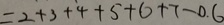
= 2 + 3 + 4 + 5 + 6 + 7 - 0 . 6